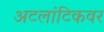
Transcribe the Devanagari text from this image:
अटलांटिकवर